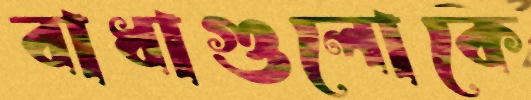
বাধাগুলোকে